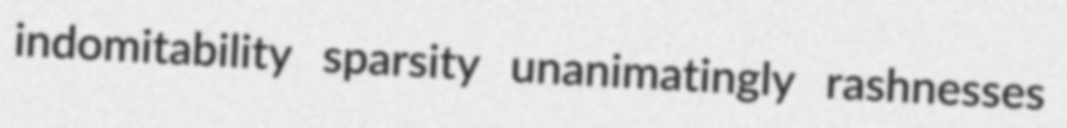
indomitability sparsity unanimatingly rashnesses